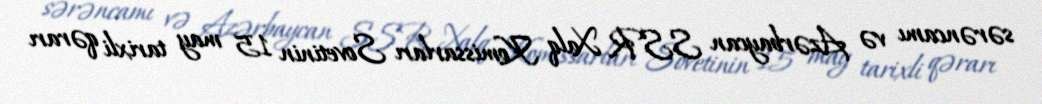
sərəncamı və Azərbaycan SSR Xalq Komissarları Sovetinin 15 may tarixli qərarı